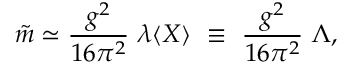
\tilde { m } \simeq { \frac { g ^ { 2 } } { 1 6 \pi ^ { 2 } } } ~ \lambda \langle X \rangle ~ \equiv ~ { \frac { g ^ { 2 } } { 1 6 \pi ^ { 2 } } } ~ \Lambda ,